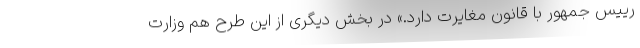
رییس جمهور با قانون مغایرت دارد.» در بخش دیگری از این طرح هم وزارت